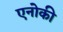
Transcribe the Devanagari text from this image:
एनोकी